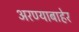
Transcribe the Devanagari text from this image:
अरण्याबाहेर